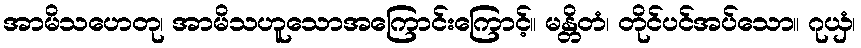
အာမိသဟေတု၊ အာမိသဟူသောအကြောင်းကြောင့်။ မန္တိတံ၊ တိုင်ပင်အပ်သော။ ဂုယှံ၊